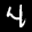
Label: 4